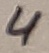
Text: 4